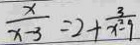
\frac { x } { x - 3 } = 2 + \frac { 3 } { x ^ { 2 } - 9 }